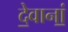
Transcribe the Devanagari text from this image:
दे॒वानां॒